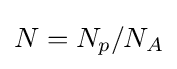
N=N_{p}/N_{A}